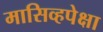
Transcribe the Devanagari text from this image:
मासिव्हपेक्षा